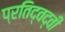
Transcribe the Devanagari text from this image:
प्रतिद्वद्वी